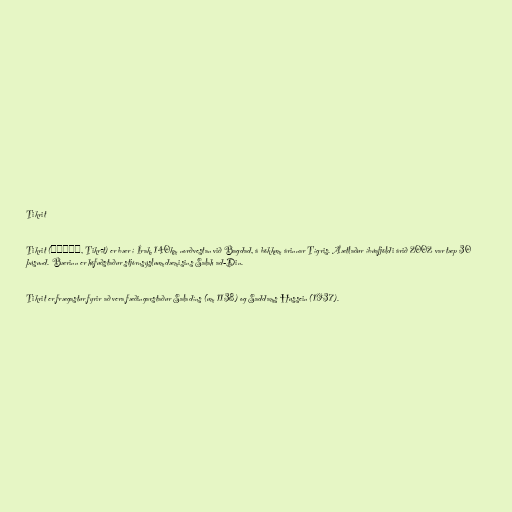
Tikrit

Tikrit (تكريت, Tikrīt) er bær í Írak, 140km norðvestan við Bagdad, á bökkum árinnar Tígris. Áætlaður íbúafjöldi árið 2002 var tæp 30
þúsund. Bærinn er höfuðstaður stjórnsýsluumdæmisins Salah ad-Din.

Tikrit er frægastur fyrir að vera fæðingarstaður Saladíns (um 1138) og Saddams Hussein (1937).